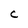
Character: C